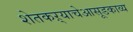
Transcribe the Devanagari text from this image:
शेतकऱ्याचेआसूडकाव्य